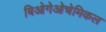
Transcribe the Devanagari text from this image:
बिओगेओचेमिकल